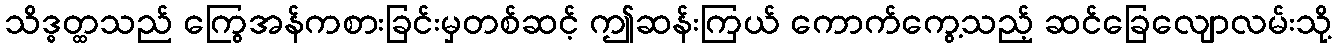
သိဒ္ဓတ္ထသည် ကြွေအန်ကစားခြင်းမှတစ်ဆင့် ဤဆန်းကြယ် ကောက်ကွေ့သည့် ဆင်ခြေလျောလမ်းသို့